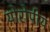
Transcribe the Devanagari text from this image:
योरोपीय